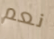
نعم